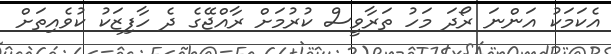
އެކަމަކު އަންނަ ރޯދަ މަހު ތަރާވީސް ކުރުމަށް ރާއްޖޭގެ ދެ ހާފިޒަކު ކުވެއިތަށް